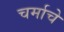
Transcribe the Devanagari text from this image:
चर्माचे